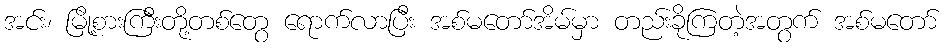
အင်း၊ မြို့စားကြီးတို့တစ်တွေ ရောက်လာပြီး အစ်မတော်အိမ်မှာ တည်းခိုကြတဲ့အတွက် အစ်မတော်